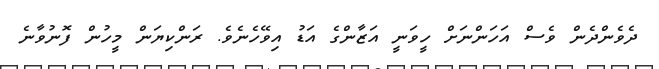
ދެވެންދެން ވެސް އަހަންނަށް ހީވަނީ އަޒާންގެ އަޑު އިވޭހެނެވެ. ރަންކިޔަން މީހުން ފޮނުވާނެ